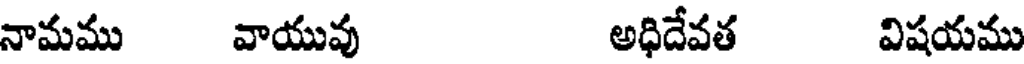
నామము వాయువు అధిదేవత విషయము